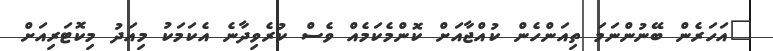
"އަހަރެން ބޭނުންނަމަ ތިއަންހެން ކުއްޖާއަށް ކޮންމެކަމެއް ވެސް ކުރެވިދާނެ އެކަމަކު މިއަދު މިކޮޓަރިއަށް